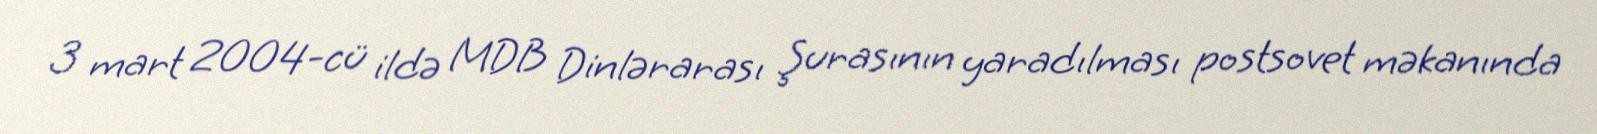
3 mart 2004-cü ildə MDB Dinlərarası Şurasının yaradılması postsovet məkanında